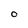
Character: O